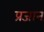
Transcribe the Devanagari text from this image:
प्रजान